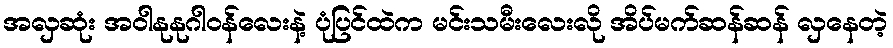
အလှဆုံး အဝါနုနုဂါဝန်လေးနဲ့ ပုံပြင်ထဲက မင်းသမီးလေးလို အိပ်မက်ဆန်ဆန် လှနေတဲ့